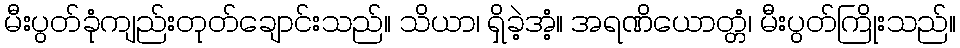
မီးပွတ်ခုံကျည်းတုတ်ချောင်းသည်။ သိယာ၊ ရှိခဲ့အံ့။ အရဏိယောတ္တံ၊ မီးပွတ်ကြိုးသည်။